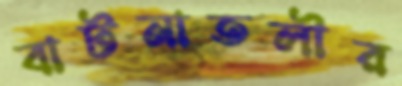
বাটনাতলীর